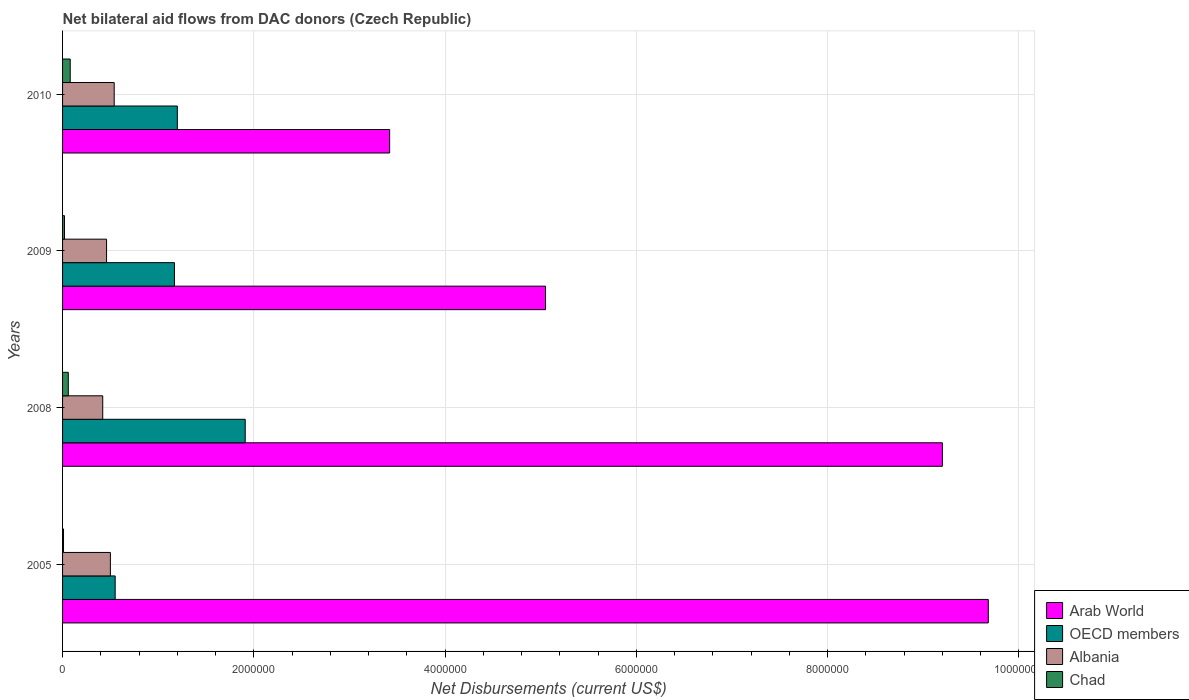
| Years | Arab World | OECD members | Albania | Chad |
 | --- | --- | --- | --- | --- |
 | 2005 | 9.68e+06 | 5.5e+05 | 5e+05 | 1e+04 |
 | 2008 | 9.2e+06 | 1.91e+06 | 4.2e+05 | 6e+04 |
 | 2009 | 5.05e+06 | 1.17e+06 | 4.6e+05 | 2e+04 |
 | 2010 | 3.42e+06 | 1.2e+06 | 5.4e+05 | 8e+04 |